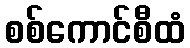
စစ်ကောင်စီထံ